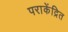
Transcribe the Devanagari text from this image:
पराकेंद्रित